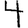
Digit: 4